Report of cholera committee
Disease focus: Cholera
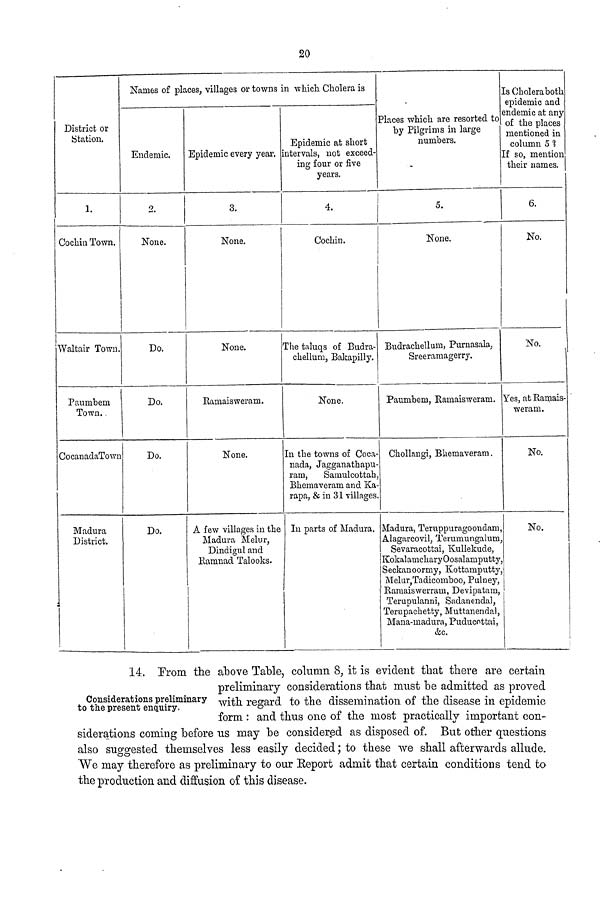
20
District or
Station
1.
Cochin Town.
Waltair Town.
Paumbem
Town.
CocanadaTown
Madura
District.
Names of places, villages or towns
Endemic.
2.
None.
Do.
Do.
Do.
Do.
Epidemic every year.
3.
None.
None.
Ramaisweram.
None.
A few villages in the
Madura Melur,
Dindigul and
Ramnad Talooks.
in which Cholera is
Epidemic at short
intervals, not exceed-
ing four or five
years.
4.
Cochin.
The taluqs of Budra-
chellum, Bakapilly.
None.
In the towns of Coca-
nada, Jagganatbapu-
rara,
Samulcottah,
Bhemaveram and Ka-
rapa, & in 31 villages.
In parts of Madura.
Places which are resorted to
by Pilgrims in large
numbers.
5.
None.
Budrachellum, Purnasala,
Sreeramagerry.
Paumbem, Ramaiswerani.
Chollangi, Bhemaveram.
Madura, Teruppuragoondam,
Alagarcovil, Terumungalum,
Sevaracottai, Kullekude,
KokalamcharyOosalamputty
Seckanoormy, Kottamputty,
Melur, Tadicomboo, Pulney,
Ramaiswerram, Devipatam,
Terupulanni, Sadanendal,
Terupachetty, Muttanendal,
Mana-madura, Puducottai,
&c.
Is Cholera both
epidemic and
endemic at any
of the places
mentioned in
column 5 ?
If so, mention
their names.
6.
No.
No.
Yes, at Ramais-
weram.
No.
No.
Considerations preliminary
to the present enquiry.
14. Prom the above Table, column 8, it is evident that there are certain
preliminary considerations that must he admitted as proved
with regard to the dissemination of the disease in epidemic
form : and thus one of the most practically important con-
siderations coming before us may be considered as disposed of. But other questions
also suggested themselves less easily decided; to these we shall afterwards allude.
We may therefore as preliminary to our Report admit that certain conditions tend to
the production and diffusion of this disease.